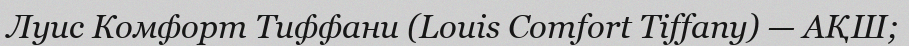
Луис Комфорт Тиффани (Louis Comfort Tiffany) — АҚШ;